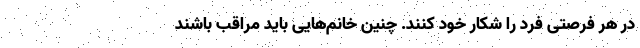
در هر فرصتی فرد را شکار خود کنند. چنین خانم‌هایی باید مراقب باشند